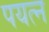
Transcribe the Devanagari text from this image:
पयत्न